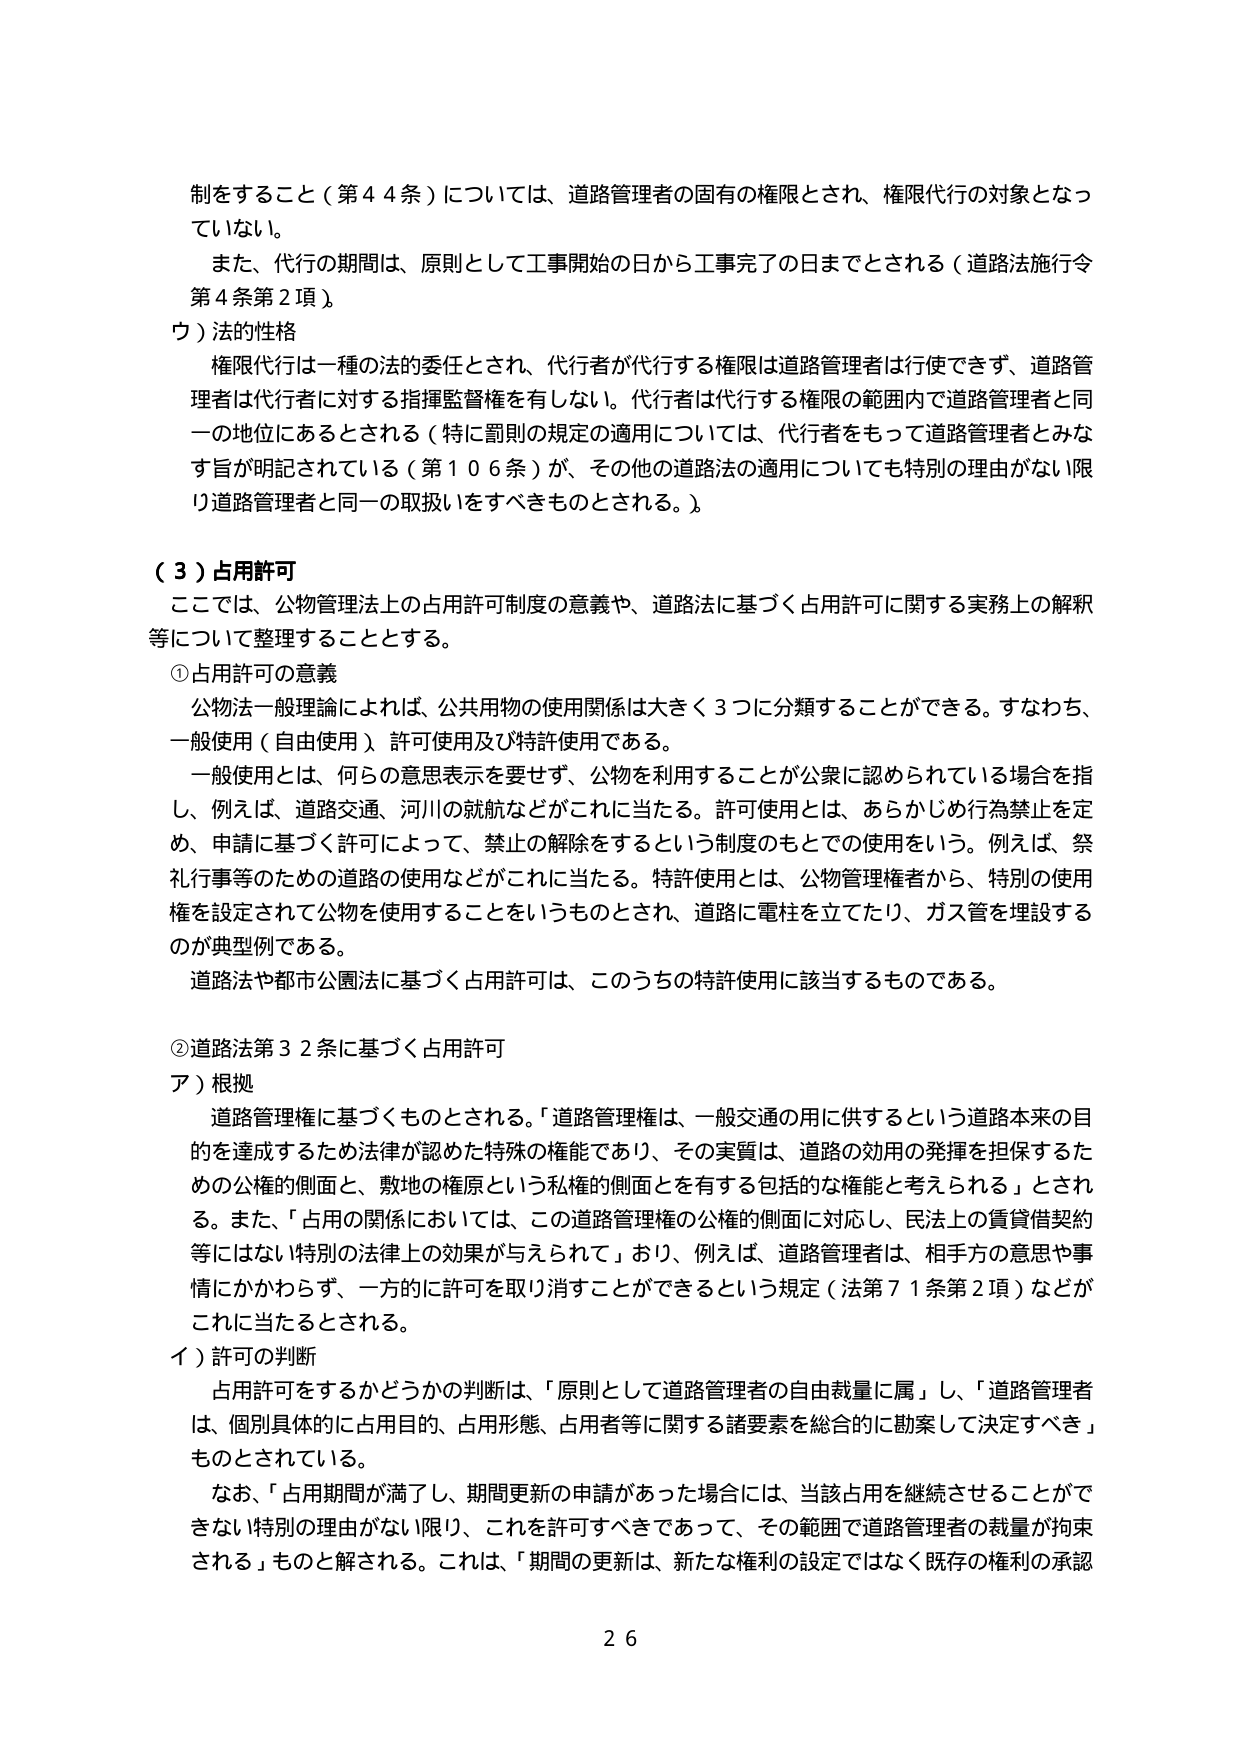
制をすること（第44条）については、道路管理者の固有の権限とされ、権限代行の対象となっていない。

また、代行の期間は、原則として工事開始の日から工事完了の日までとされる（道路法施行令第4条第2項）。

ウ）法的性格

権限代行は一種の法的委任とされ、代行者が代行する権限は道路管理者は行使できず、道路管理者は代行者に対する指揮監督権を有しない。代行者は代行する権限の範囲内で道路管理者と同一の地位にあるとされる（特に罰則の規定の適用については、代行者をもって道路管理者とみなす旨が明記されている（第106条）が、その他の道路法の適用についても特別の理由がない限り道路管理者と同一の取扱いをすべきものとされる。）。

（３）占用許可

ここでは、公物管理法上の占用許可制度の意義や、道路法に基づく占用許可に関する実務上の解釈等について整理することとする。

①占用許可の意義

公物法一般理論によれば、公共用物の使用関係は大きく3つに分類することができる。すなわち、一般使用（自由使用）、許可使用及び特許使用である。

一般使用とは、何らの意思表示を要せず、公物を利用することが公衆に認められている場合を指し、例えば、道路交通、河川の就航などがこれに当たる。許可使用とは、あらかじめ行為禁止を定め、申請に基づく許可によって、禁止の解除をするという制度のもとでの使用をいう。例えば、祭礼行事等のための道路の使用などがこれに当たる。特許使用とは、公物管理者から、特別の使用権を設定されて公物を使用することをいうものとされ、道路に電柱を立てたり、ガス管を埋設するのが典型例である。

道路法や都市公園法に基づく占用許可は、このうちの特許使用に該当するものである。

②道路法第32条に基づく占用許可

ア）根拠

道路管理権に基づくものとされる。「道路管理権は、一般交通の用に供するという道路本来の目的を達成するため法律が認めた特殊の権能であり、その実質は、道路の効用の発揮を担保するための公権的側面と、敷地の権原という私権的側面とを有する包括的な権能と考えられる」とされる。また、「占用の関係においては、この道路管理権の公権的側面に対応し、民法上の賃貸借契約等にはない特別の法律上の効果が与えられて」おり、例えば、道路管理者は、相手方の意思や事情にかかわらず、一方的に許可を取り消すことができるという規定（法第71条第2項）などがこれに当たるとされる。

イ）許可の判断

占用許可をするかどうかの判断は、「原則として道路管理者の自由裁量に属」し、「道路管理者は、個別具体的に占用目的、占用形態、占用者等に関する諸要素を総合的に勘案して決定すべき」ものとされている。

なお、「占用期間が満了し、期間更新の申請があった場合には、当該占用を継続させることが不可能な特別の理由がない限り、これを許可すべきであって、その範囲で道路管理者の裁量が拘束される」ものと解される。これは、「期間の更新は、新たな権利の設定ではなく既存の権利の承認

26